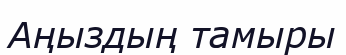
Аңыздың тамыры